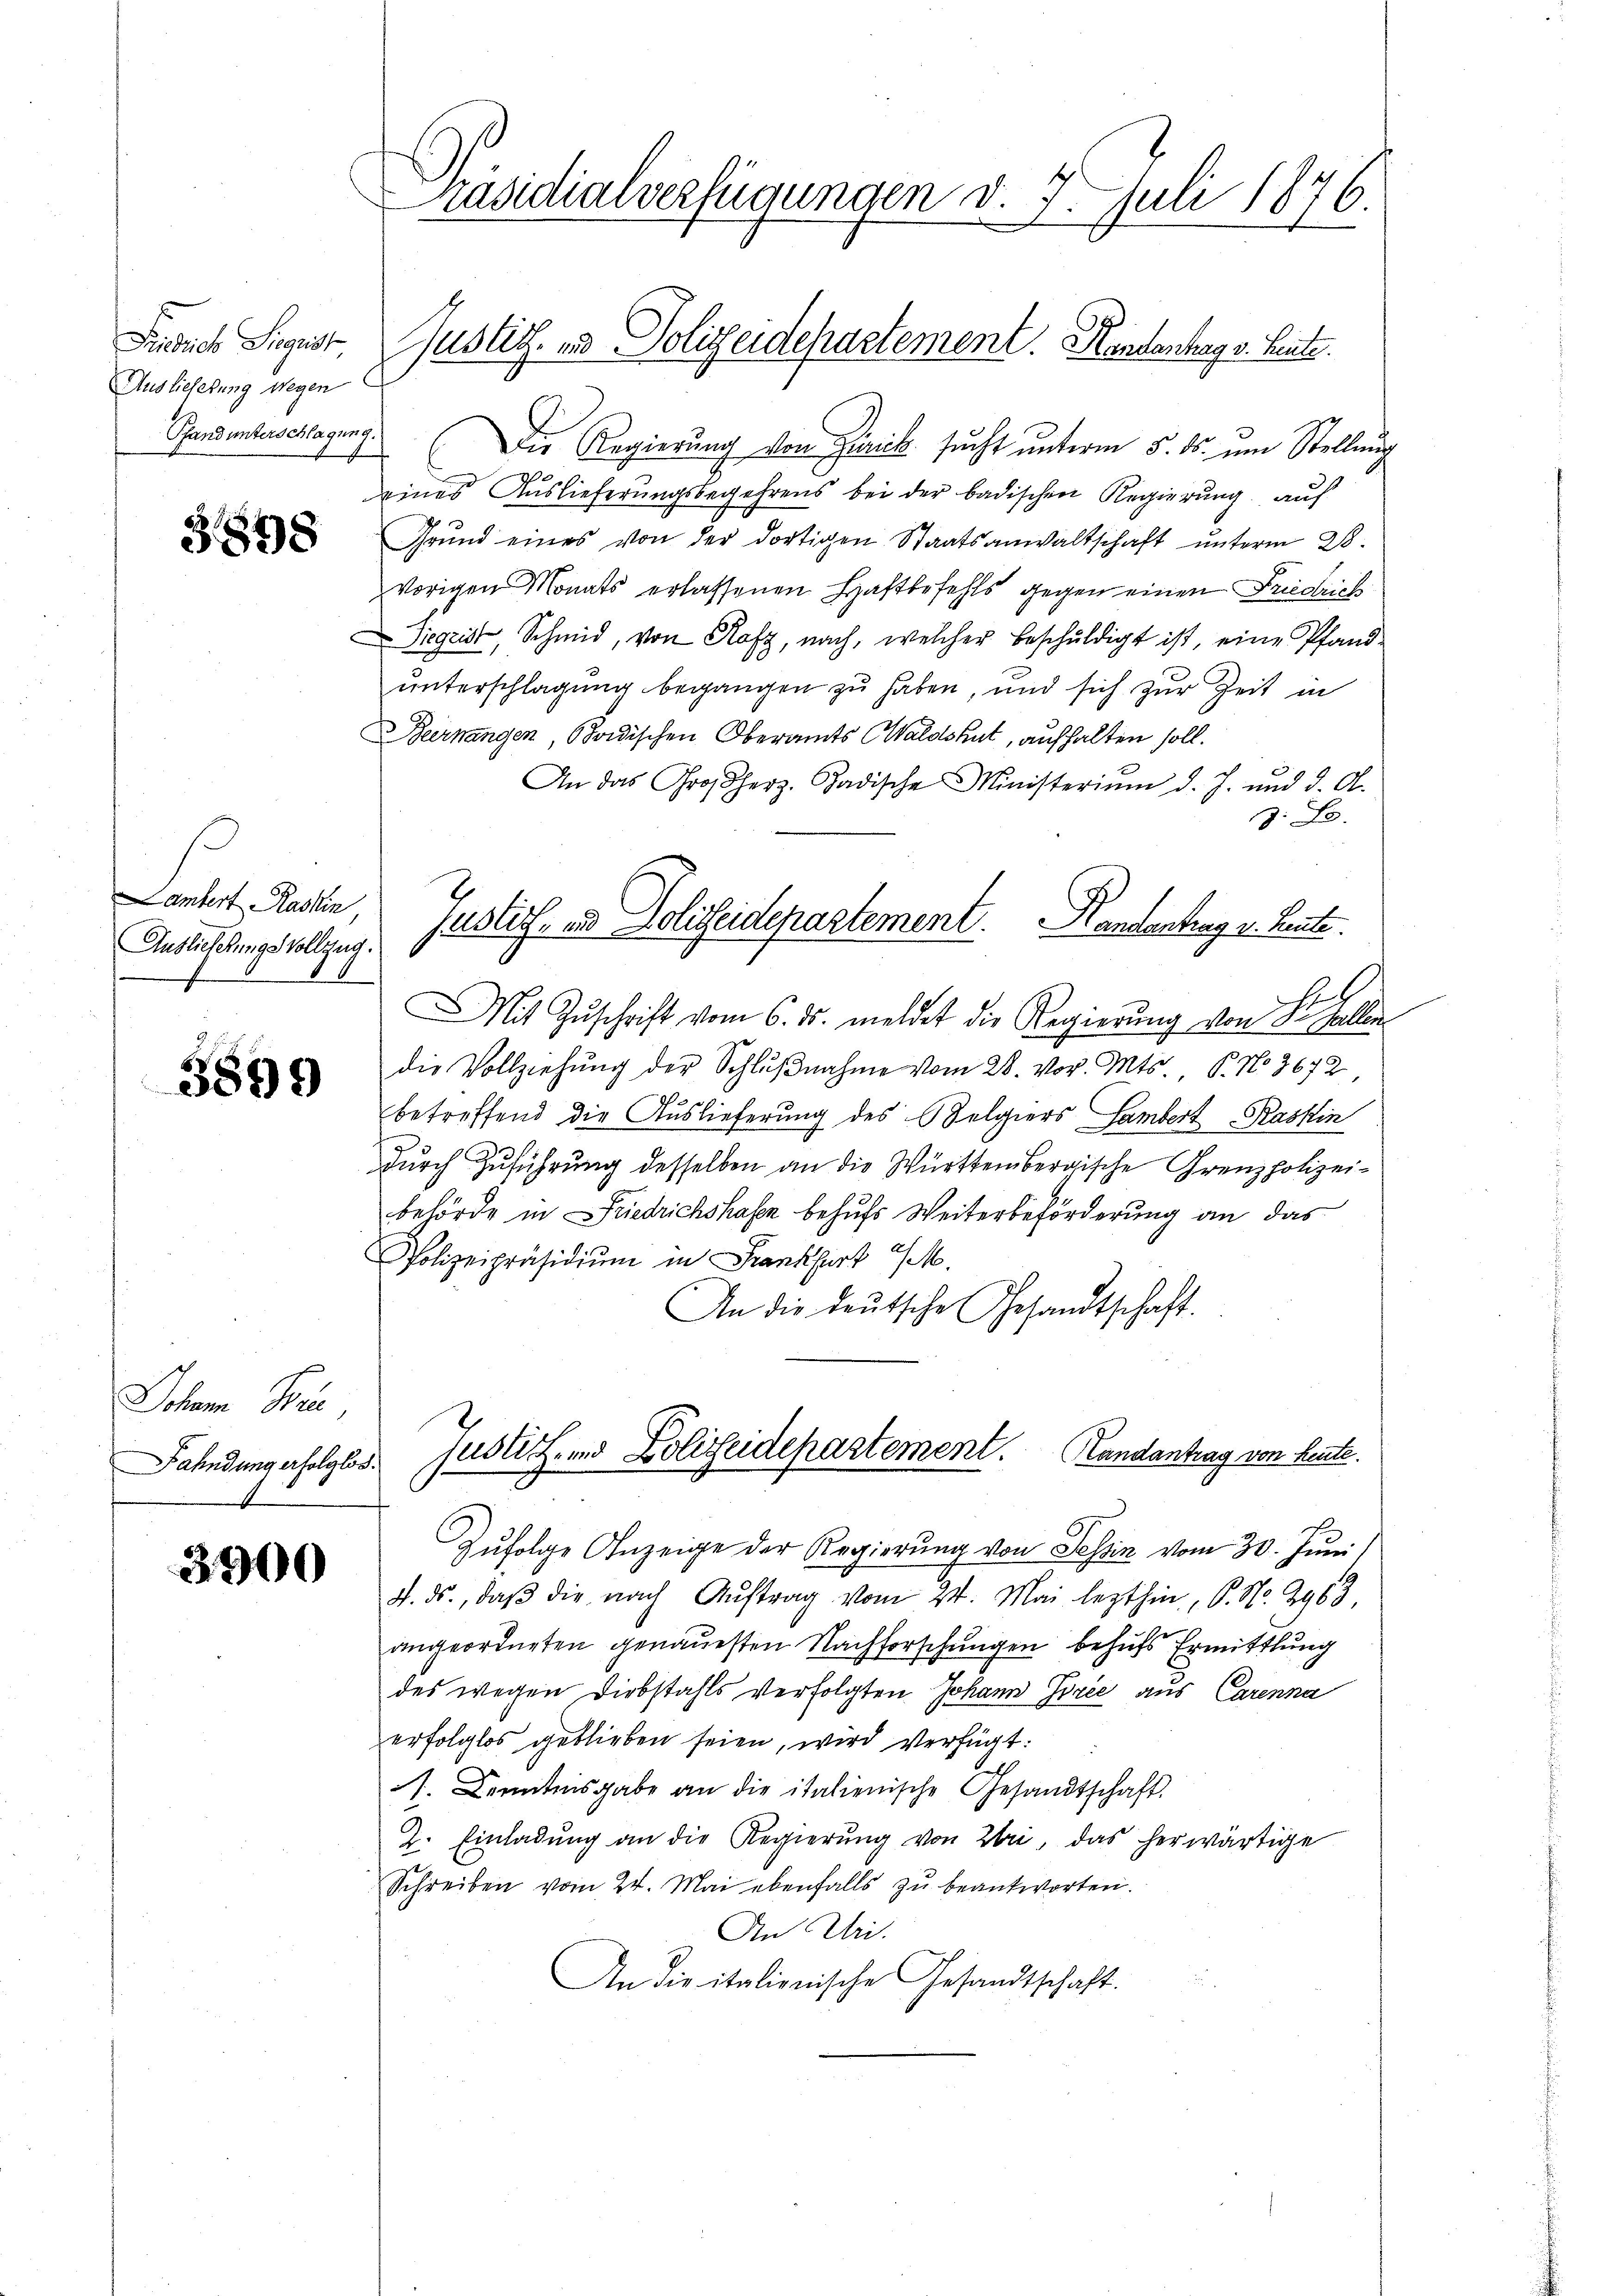
Friedrich Siegrist
Auslieferung wegen
Pfand unterschlagung.

3898

ambert Rashin,
Auslicherungsvollzug

5809

Johann Brie
Fahndung erfolglos
1

3900

räsidialverfügungen d. 7. Juli 1876.

f

Die Regierung von Zürick sucht unterm 5. ds. um Stellung
eines Auslieferungsbegehrens bei der badischen Regierung auf
Grund eines von der dortigen Staatsanwaltschaft unterm 28.
vorigen Monats erlassenen Haftbefehls gegen einen Friedrich
Siegeist, Schmid, von Rafz, nach, welcher beschŭldigt ist, eine Pfand-
unterschlagung begangen zu haben, und sich zur Zeit in
Beernangen, Badischen Oberamts Waldshut, aufhalten soll.
An das Großherz. Badische Ministerium d. J. und d. O.
z. B.
Mit Zŭschrift vom 6. ds. meldet die Regierŭng von St. Gallen
die Vollziehung der Schlŭβnahme vom 28. vor. Mts. P. No. 3672
betreffend die Auslieferung des Belgiers Sambert Rashin
durch Zuführung desselben an die Württembergische Grenzpolizeibehörde in Friedrichshaben behufs Weiterbeförderung an das
Polizeipräsidium in Frankfurt M.
An die deutsche Gesandtschaft.
Justiz- und Polizeidepartement. Handantrag von heute.
Zufolge Anzeige der Regierung von Tessin vom 30. Juni
4. ds., daβ die nach Aŭftrag vom 24. Mai lezthin, P. Nr. 2963.
angeordneten genauesten Nachforschungen behufs Ermittlung
des wegen Diebstahls verfolgten Johann Jorée aus Carenna
erfolglos geblieben seien, wird verfügt:
1. Denntnisgabe an die italienische Gesandtschaft.
2. Einladŭng an die Regierŭng von Zbri, das herwärtige
Schreiben vom 24. Mai ebenfalls zŭ beantworten.
An Uri.
An die italienische Gesandtschaft.

Justiz- und Polizeidepartement. Handenhang v. heute.

Justiz- und Polizeidepartement. Handentrag v. Heute.